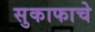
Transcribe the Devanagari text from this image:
सुकाफाचे